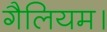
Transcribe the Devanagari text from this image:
गैलियम।